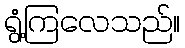
ရွံ့ကြလေသည်။